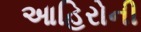
આહિરોની